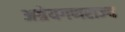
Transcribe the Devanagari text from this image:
अग्रेयगणराज्य